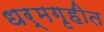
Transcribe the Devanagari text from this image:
धर्मगृहीत